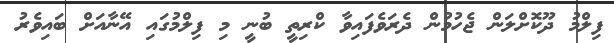
ފިލްމު ދޫކޮށްލަން ޖެހުމުން ދެރަވެފައިވާ ކްރިތީ ބުނީ މި ފިލްމުގައި އޭނާއަށް ބައިވެރު